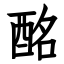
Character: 酩